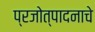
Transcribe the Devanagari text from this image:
प्रजोत्पादनाचे